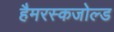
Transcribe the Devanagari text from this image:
हैमरस्कजोल्ड